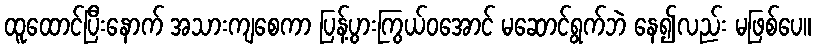
ထူထောင်ပြီးနောက် အသားကျစေကာ ပြန့်ပွားကြွယ်ဝအောင် မဆောင်ရွက်ဘဲ နေ၍လည်း မဖြစ်ပေ။